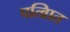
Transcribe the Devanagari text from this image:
पत्व्राित